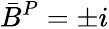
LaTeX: \bar{B}^{P}=\pm i